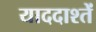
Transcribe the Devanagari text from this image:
याददाश्तें